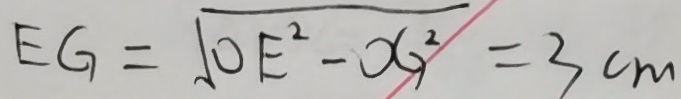
E G = \sqrt { O E ^ { 2 } - O G ^ { 2 } } = 3 c m